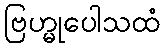
ဗြဟ္မုပေါသထံ